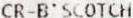
CR-B'SCOTCH